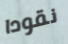
نقودا